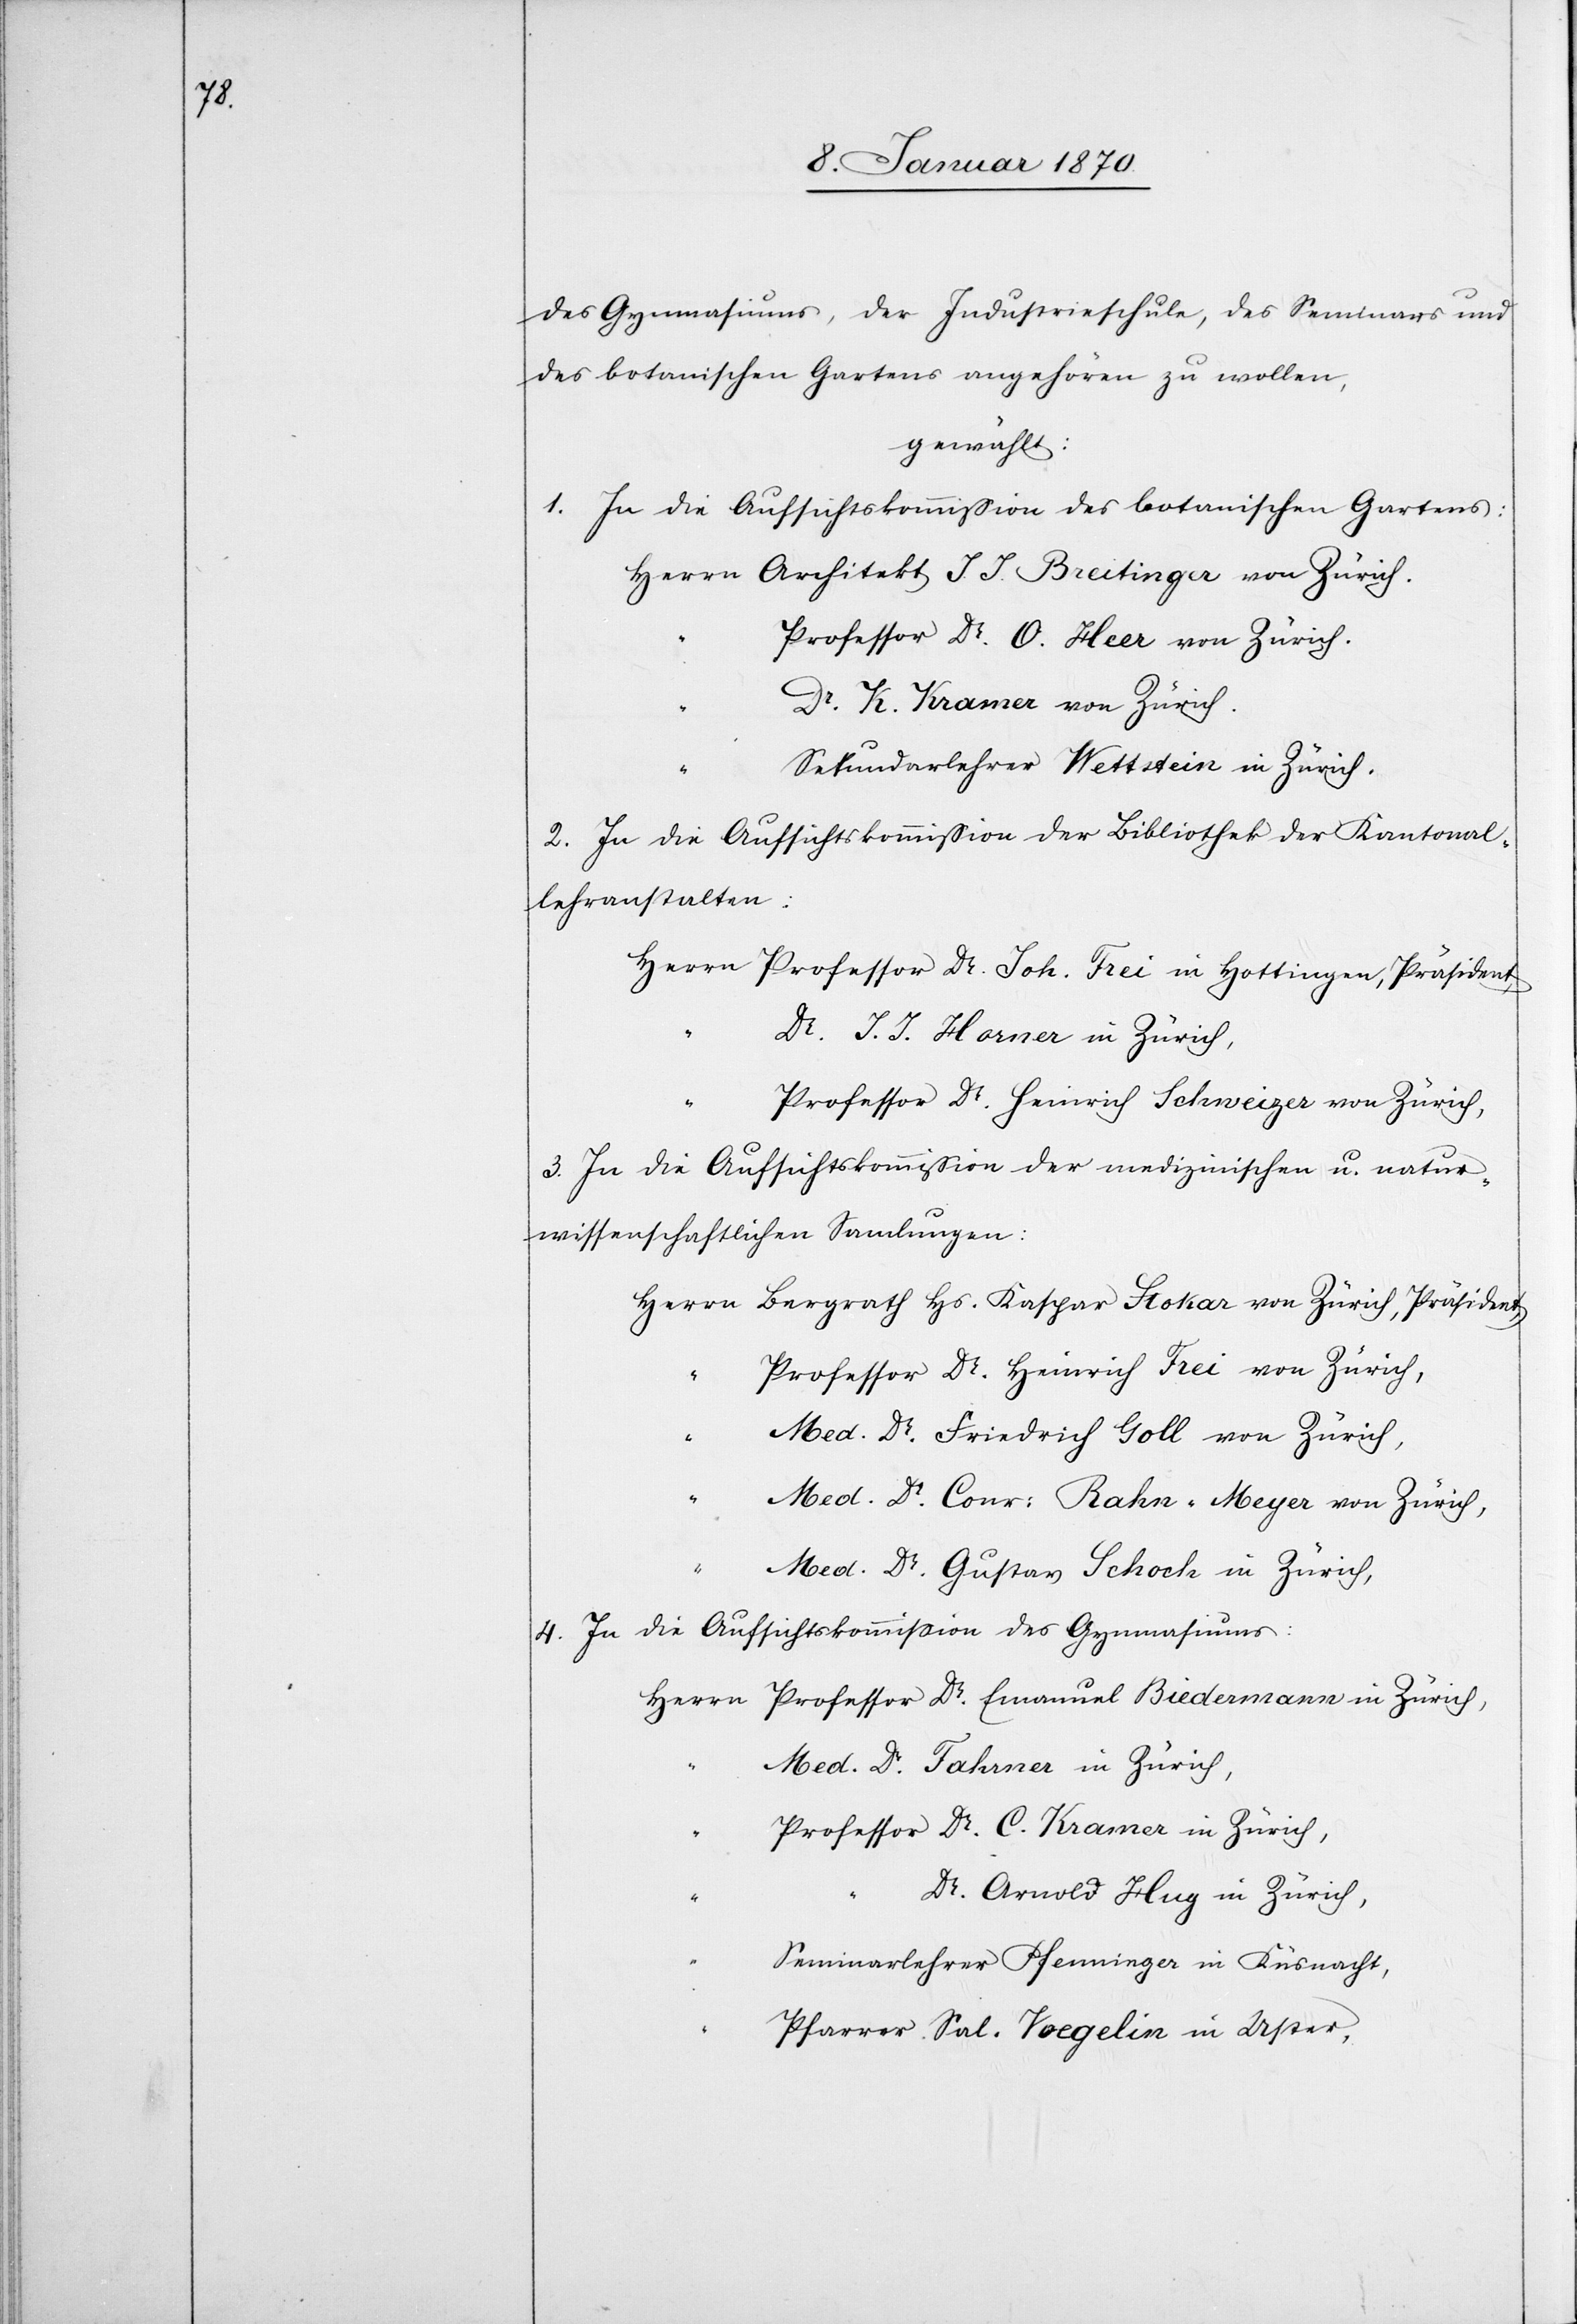
des Gymnasiums, der Industrieschule, des Seminars und
des botanischen Gartens angehören zu wollen,
gewählt:
1.
In die Aufsichtskommission des botanischen Gartens:
Herrn 	Architekt J. J. Breitinger von Zürich.
Professor Dr. O. Heer von Zürich.
“	Dr. K. Kramer von Zürich.
“	Sekundarlehrer Wettstein in Zürich.
2. In die Aufsichtskommission der Bibliothek der Kantonal¬
lehranstalten:
Herrn 	Professor Dr. Joh. Frei in Hottingen, Präsident,
J. J. Horner in Zürich,
“	Professor Dr. Heinrich Schweizer von Zürich,
3. In die Aufsichtskommission der medizinischen u. natur¬
wissenschaftlichen Samlungen:
Herrn	Bergrath Hs. Kaspar Stokar von Zürich, Präsident,
“	Professor Dr. Heinrich Frei von Zürich,
“	Med. Dr. Friedrich Goll von Zürich,
“	Med. Dr. Conr: Rahn-Meyer von Zürich,
“	Med. Dr. Gustav Schock in Zürich,
4. In die Aufsichtskommission des Gymnasiums:
Herrn	Professor Dr. Emanuel Biedermann in Zürich,
“	Med. Dr. Fahrner in Zürich,
“	Professor Dr. C. Kramer in Zürich,
Arnold Hug in Zürich,
“	Seminarlehrer Pfenninger in Küsnacht,
“	Pfarrer Sal. Voegelin in Uster,